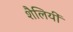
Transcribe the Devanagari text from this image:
शैलियीं